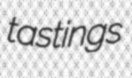
tastings